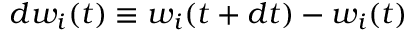
d w _ { i } ( t ) \equiv w _ { i } ( t + d t ) - w _ { i } ( t )